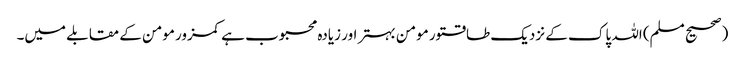
(صحیح مسلم) اللہ پاک کے نزدیک طاقتور مومن بہتر اور زیادہ محبوب ہے کمزور مومن کے مقابلے میں۔